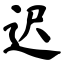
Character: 迟